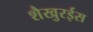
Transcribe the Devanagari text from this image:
शैखुरईस